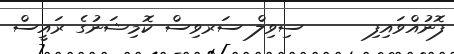
ފޮނުއްވައިފި      ސިވިލް ސަރވިސް ކޮމިޝަނުގެ ރައީސް